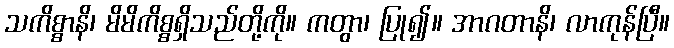
သကိစ္စာနိ၊ မိမိကိစ္စရှိသည်တို့ကို။ ကတွာ၊ ပြု၍။ အာဂတာနိ၊ လာကုန်ပြီ။